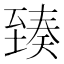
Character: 𦥇